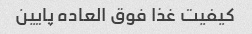
کیفیت غذا فوق العاده پایین